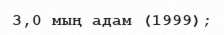
3,0 мың адам (1999);